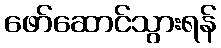
ဖော်ဆောင်သွားရန်